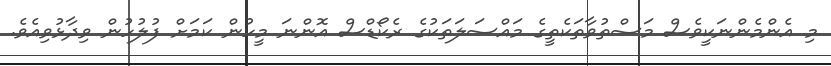
މި އެންމެންނަކީވެސް މަސްތުވާތަކެތީގެ މައްސަލަތަކުގެ ރެކޯޑްސް އޮންނަ މީހުން ކަމަށް ފުލުހުން ވިދާޅުވިއެވެ.